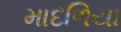
માદળિયા